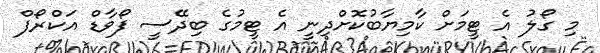
މި ގޯލު އެ ޓީމަށް ކާމިޔާބުކޮށްދިނީ އެ ޓީމުގެ ބިދޭސީ ފޯވާޑް އަކްރޯފް